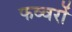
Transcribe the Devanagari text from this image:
फव्‍वरों